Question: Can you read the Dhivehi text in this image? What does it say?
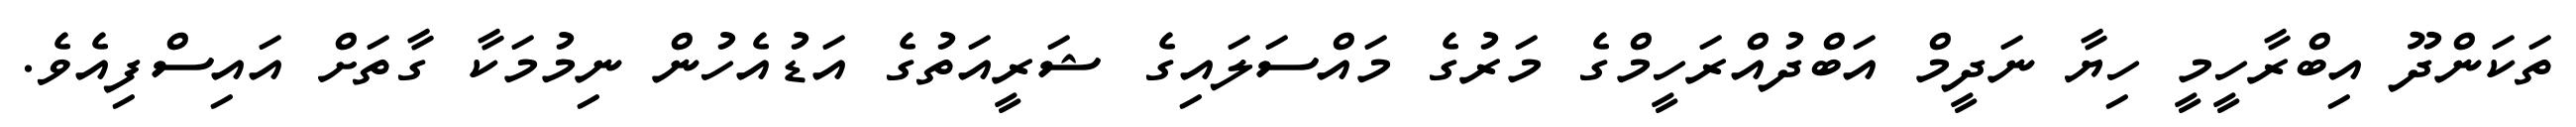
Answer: ތަކަންދޫ އިބްރާހީމީ ހިޔާ ނަދީމް އަބްދުއްރަހީމްގެ މަރުގެ މައްސަލައިގެ ޝަރީއަތުގެ އަޑުއެހުން ނިމުމަކާ ގާތަށް އައިސްފިއެވެ.